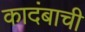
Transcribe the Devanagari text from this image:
कादंबाची